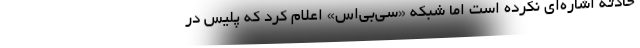
حادثه اشاره‌ای نکرده است اما شبکه «سی‌بی‌اس» اعلام کرد که پلیس در